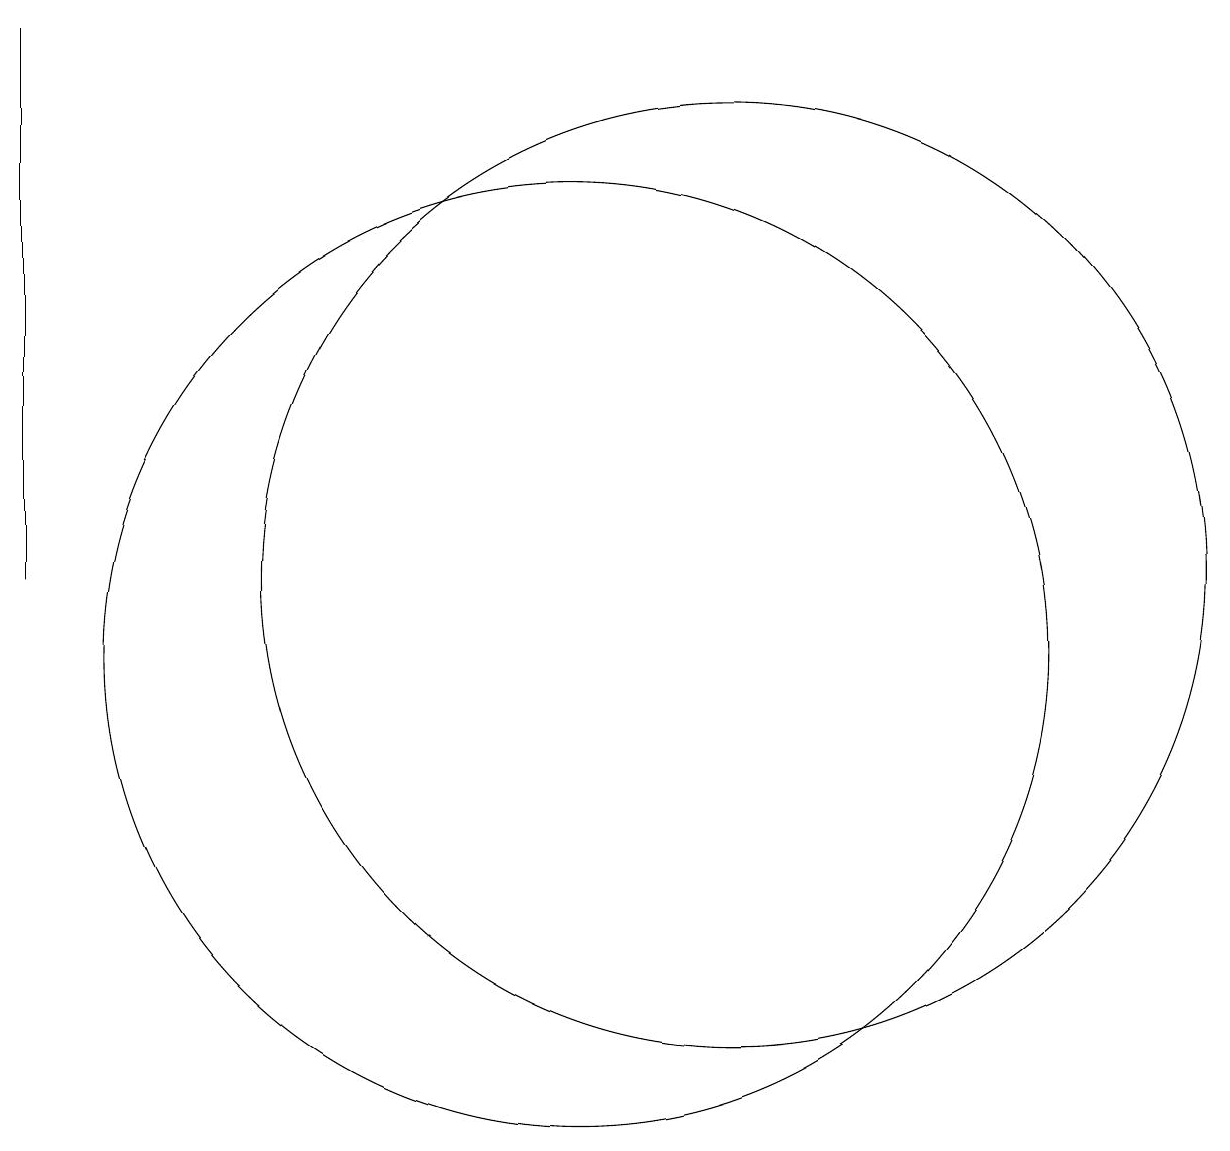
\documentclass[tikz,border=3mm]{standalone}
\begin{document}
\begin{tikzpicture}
\draw (12,11) circle (6);
\draw (3,11) rectangle (3,18);
\draw (10,10) circle (6);
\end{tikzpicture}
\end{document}